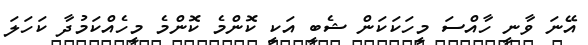
އޭނަ ވާނީ ހާއްސަ މީހަކަކަން ޝެބީ އަކީ ކޮންމެ ކޮންމެ މީހެއްކަމުދާ ކަހަލަ